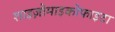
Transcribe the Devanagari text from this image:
शाइज़ोमाइकोफाइटा